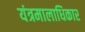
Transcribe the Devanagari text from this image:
यंत्रमालाधिकार